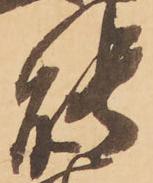
能